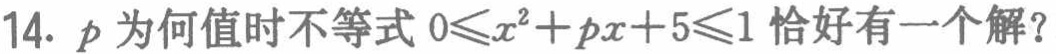
14. \(p\)为何值时不等式\(0\leqslant x^{2}+px + 5\leqslant1\)恰好有一个解？